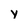
Character: y